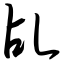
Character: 乩